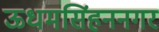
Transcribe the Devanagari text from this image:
ऊधमसिंहननगर